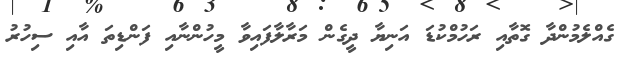
ގެއްލެމުންދާ ގޮތާއި ރަހުމްކުޑަ އަނިޔާ ދީގެން މަރާލާފައިވާ މީހުންނާއި ފަންޑިތަ އާއި ސިހުރު